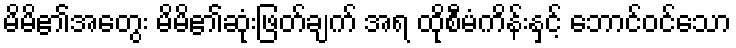
မိမိ၏အတွေး မိမိ၏ဆုံးဖြတ်ချက် အရ ထိုစီမံကိန်းနှင့် ဘောင်ဝင်သော